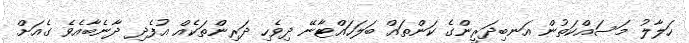
ހަލާލު މަސައްކަތުން އަނބިދަރީންގެ ކަންތައް ބަލަހައްޓާނޭ ދިވެހި ދަރިންތަކެއް އުފެދި ދާނެބާއެވެ ގެއަށް